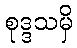
စုဒ္ဒသမှိ